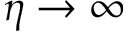
\eta \rightarrow \infty